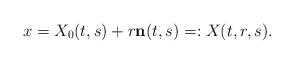
LaTeX: \begin{align*}x=X_0(t,s)+r\bold{n}(t,s)=:X(t,r,s). \end{align*}